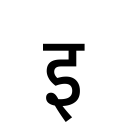
OCR:
इ